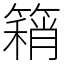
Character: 𥳓